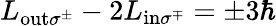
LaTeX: L_{\mathrm{out}\sigma^{\pm}}-2L_{\mathrm{in}\sigma^{\mp}}=\pm 3\hbar